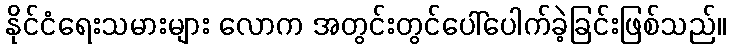
နိုင်ငံရေးသမားများ လောက အတွင်းတွင်ပေါ်ပေါက်ခဲ့ခြင်းဖြစ်သည်။